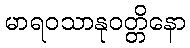
မာရဝသာနုဝတ္တိနော